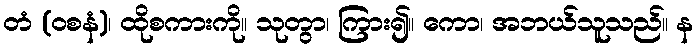
တံ (ဝစနံ)၊ ထိုစကားကို။ သုတွာ၊ ကြား၍။ ကော၊ အဘယ်သူသည်။ န